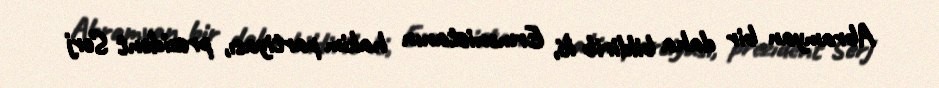
Abramyan bir daha bildirib ki, Ermənistanın hakim partiyası, prezident Serj